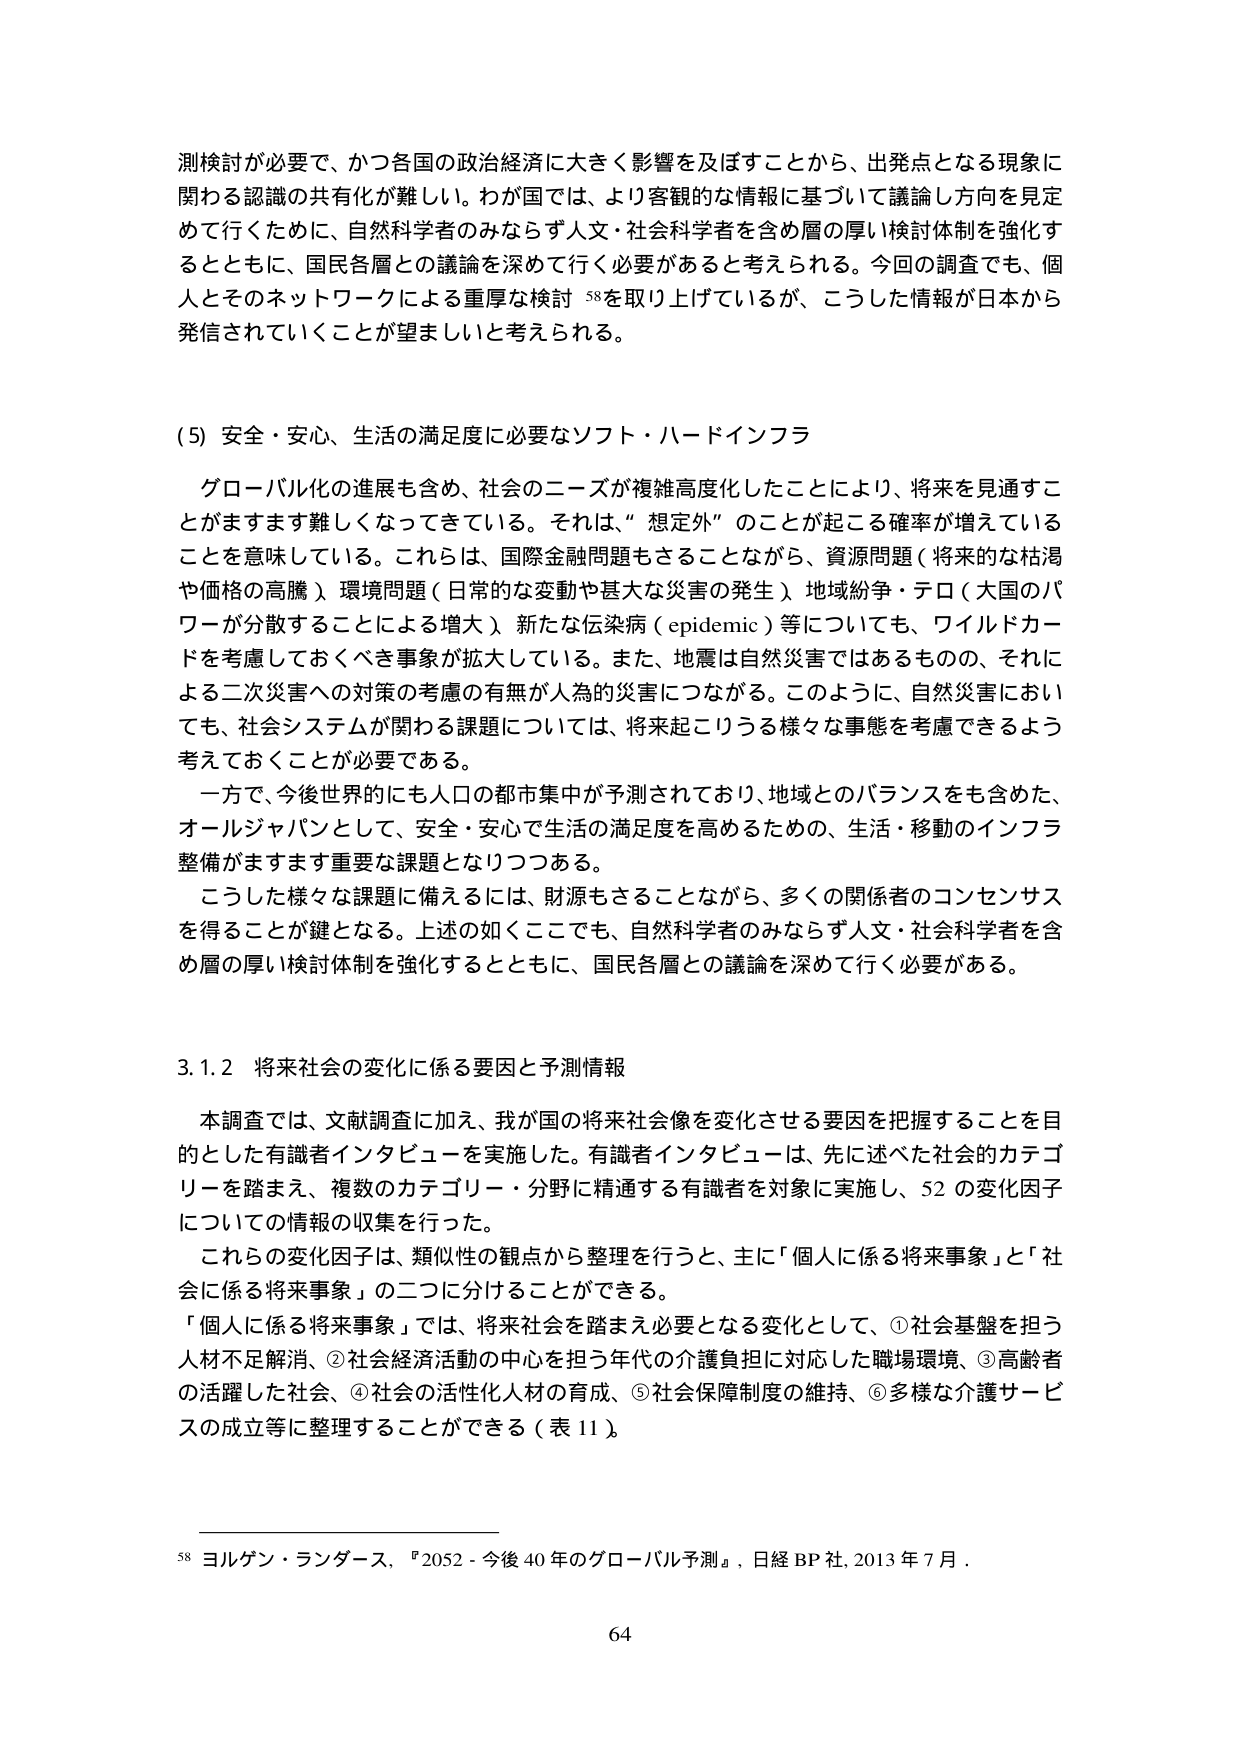
測検討が必要で、かつ各国の政治経済に大きく影響を及ぼすことから、出発点となる現象に関わる認識の共有化が難しい。わが国では、より客観的な情報に基づいて議論し方向を見定めて行くために、自然科学研究者のみならず人文・社会科学者を含め層の厚い検討体制を強化するとともに、国民各層との議論を深めて行く必要があると考えられる。今回の調査でも、個人とそのネットワークによる重厚な検討 58を取り上げているが、こうした情報が日本から発信されていくことが望ましいと考えられる。

(5) 安全・安心、生活の満足度に必要なソフト・ハードインフラ

グローバル化の進展も含め、社会のニーズが複雑高度化したことにより、将来を見通すことがますます難しくなってきている。それは、“想定外”のことが起こる確率が増えていることを意味している。これらは、国際金融問題もさることながら、資源問題（将来的な枯渇や価格の高騰）、環境問題（日常的な変動や甚大な災害の発生）、地域紛争・テロ（大国のパワーが分散することによる増大）、新たな伝染病（epidemic）等についても、ワイルドカードを考慮しておくべき事象が拡大している。また、地震は自然災害ではあるものの、それによる二次災害への対策の考慮の有無が人為的災害につながる。このように、自然災害においても、社会システムが関わる課題については、将来起こりうる様々な事態を考慮できるよう考えておくことが必要である。

一方で、今後世界的にも人口の都市集中が予測されており、地域とのバランスをも含めた、オールジャパンとして、安全・安心で生活の満足度を高めるための、生活・移動のインフラ整備がますます重要な課題となりつつある。

こうした様々な課題に備えるには、財源もさることながら、多くの関係者のコンセンサスを得ることが鍵となる。上述の如くここでも、自然科学研究者のみならず人文・社会科学者を含め層の厚い検討体制を強化するとともに、国民各層との議論を深めて行く必要がある。

3.1.2 将来社会の変化に係る要因と予測情報

本調査では、文献調査に加え、我が国の将来社会像を変化させる要因を把握することを目的とした有識者インタビューを実施した。有識者インタビューは、先に述べた社会的カテゴリーを踏まえ、複数のカテゴリー・分野に精通する有識者を対象に実施し、52の変化因子についての情報の収集を行った。

これらの変化因子は、類似性の観点から整理を行うと、主に「個人に係る将来事象」と「社会に係る将来事象」の二つに分けることができる。

「個人に係る将来事象」では、将来社会を踏まえ必要となる変化として、①社会基盤を担う人材不足解消、②社会経済活動の中心を担う年代の介護負担に対応した職場環境、③高齢者の活躍した社会、④社会の活性化人材の育成、⑤社会保障制度の維持、⑥多様な介護サービスの成立等に整理することができる（表11）。

58 ヨルゲン・ランダース,『2052 - 今後40年のグローバル予測』,日経BP社,2013年7月。

64